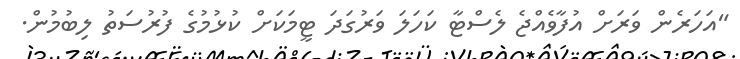
"އަހަރެން ވަރަށް އުފާވެއްޖެ ލެސްޓާ ކަހަލަ ވަރުގަދަ ޓީމަކަށް ކުޅުމުގެ ފުރުސަތު ލިބުމުން.